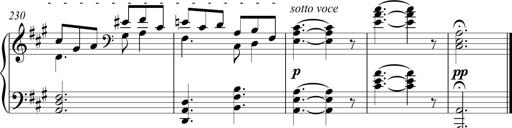
Title: Piano Sonatina in A major
Composer: Z Q Sysmoebius
Key: A major